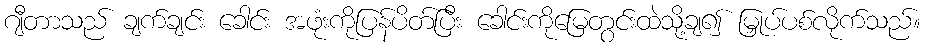
ဂျီတာသည် ချက်ချင်း ခေါင်း အဖုံးကိုပြန်ပိတ်ပြီး ခေါင်းကိုမြေတွင်းထဲသို့ချ၍ မြှုပ်ပစ်လိုက်သည်။